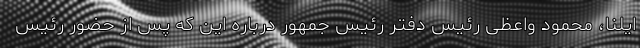
ایلنا، محمود واعظی رئیس دفتر رئیس جمهور درباره این که پس از حضور رئیس